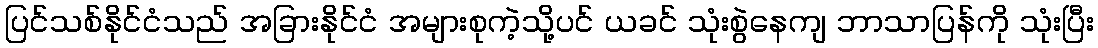
ပြင်သစ်နိုင်ငံသည် အခြားနိုင်ငံ အများစုကဲ့သို့ပင် ယခင် သုံးစွဲနေကျ ဘာသာပြန်ကို သုံးပြီး